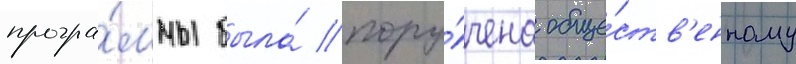
програ́ммы была́ пору́чена обще́ств'енному